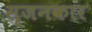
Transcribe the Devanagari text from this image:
सृजनकार